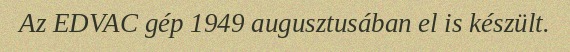
Az EDVAC gép 1949 augusztusában el is készült.